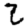
Digit: 2